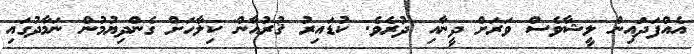
އެއްފަދައިން ލީޝާވެސް ވަރަށް ދީނާއި ދުރެވެ. ކުޑައިރު ޤުރުއާން ކިލާހަށް ގެންދިޔުމުން ނަމާދުގައި